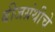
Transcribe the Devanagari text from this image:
बीजग्रंथीचे